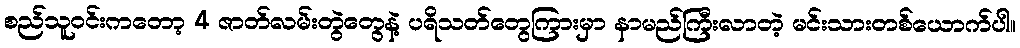
စည်သူဝင်းကတော့ 4 ဇာတ်လမ်းတွဲတွေနဲ့ ပရိသတ်တွေကြားမှာ နာမည်ကြီးလာတဲ့ မင်းသားတစ်ယောက်ပါ။